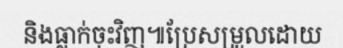
និងធ្លាក់ចុះវិញ៕ប្រែសម្រួលដោយ